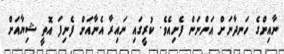
ނާއިންގެ ހަނދާނަށް އަންނަން ފެށިއެވެ. ކުރީގައި ނައިރާ އެނާއަށް ފެނިފަ އޮތީ ޝިޔާއަށް